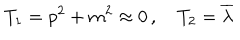
T _ { 1 } = p ^ { 2 } + m ^ { 2 } \approx 0 \, , \quad T _ { 2 } = \overline { { { \lambda } } }